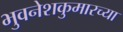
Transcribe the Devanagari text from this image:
भुवनेशकुमारच्या